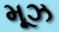
મૂઝ